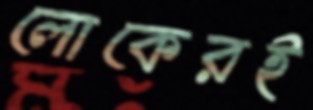
লোকেরই